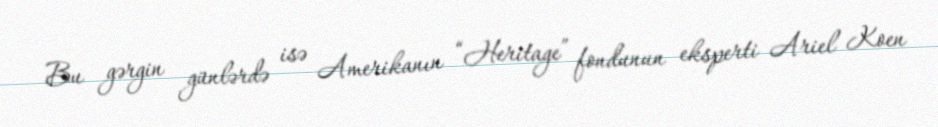
Bu gərgin günlərdə isə Amerikanın “Heritage” fondunun eksperti Ariel Koen